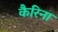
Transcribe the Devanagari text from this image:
कैरिना